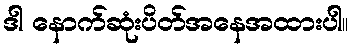
ဒါ နောက်ဆုံးပိတ်အနေအထားပါ။